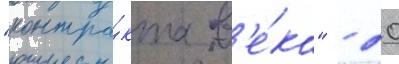
"контра́кта в'е́ка" - 20